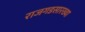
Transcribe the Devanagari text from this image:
राजगडसारख्या